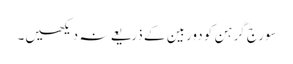
سورج گرہن کو دوربین کے ذریعے نہ دیکھیں۔